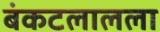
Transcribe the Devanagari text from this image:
बंकटलालला